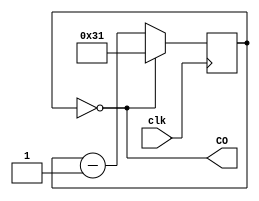
module Gen_ce1us(input clk,   output wire CO);

  parameter F50MHz=50000000;
  parameter F1MHz =1000000;
	
	reg  [15:0] cb_Nms = 0;
	wire [15:0] Nms = F50MHz/F1MHz-1;
  
	assign CO = (cb_Nms == 0);
	always @(posedge clk) begin
		cb_Nms <= ((cb_Nms==0) ? Nms : cb_Nms-1);
	end

endmodule